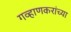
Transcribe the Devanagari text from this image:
गव्हाणकरांच्या